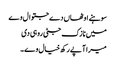
سوہنے اوٹھاں دے جتوال وے
میں نازک جٹی روہی دی
میرا آپے رکھ خیال وے ۔